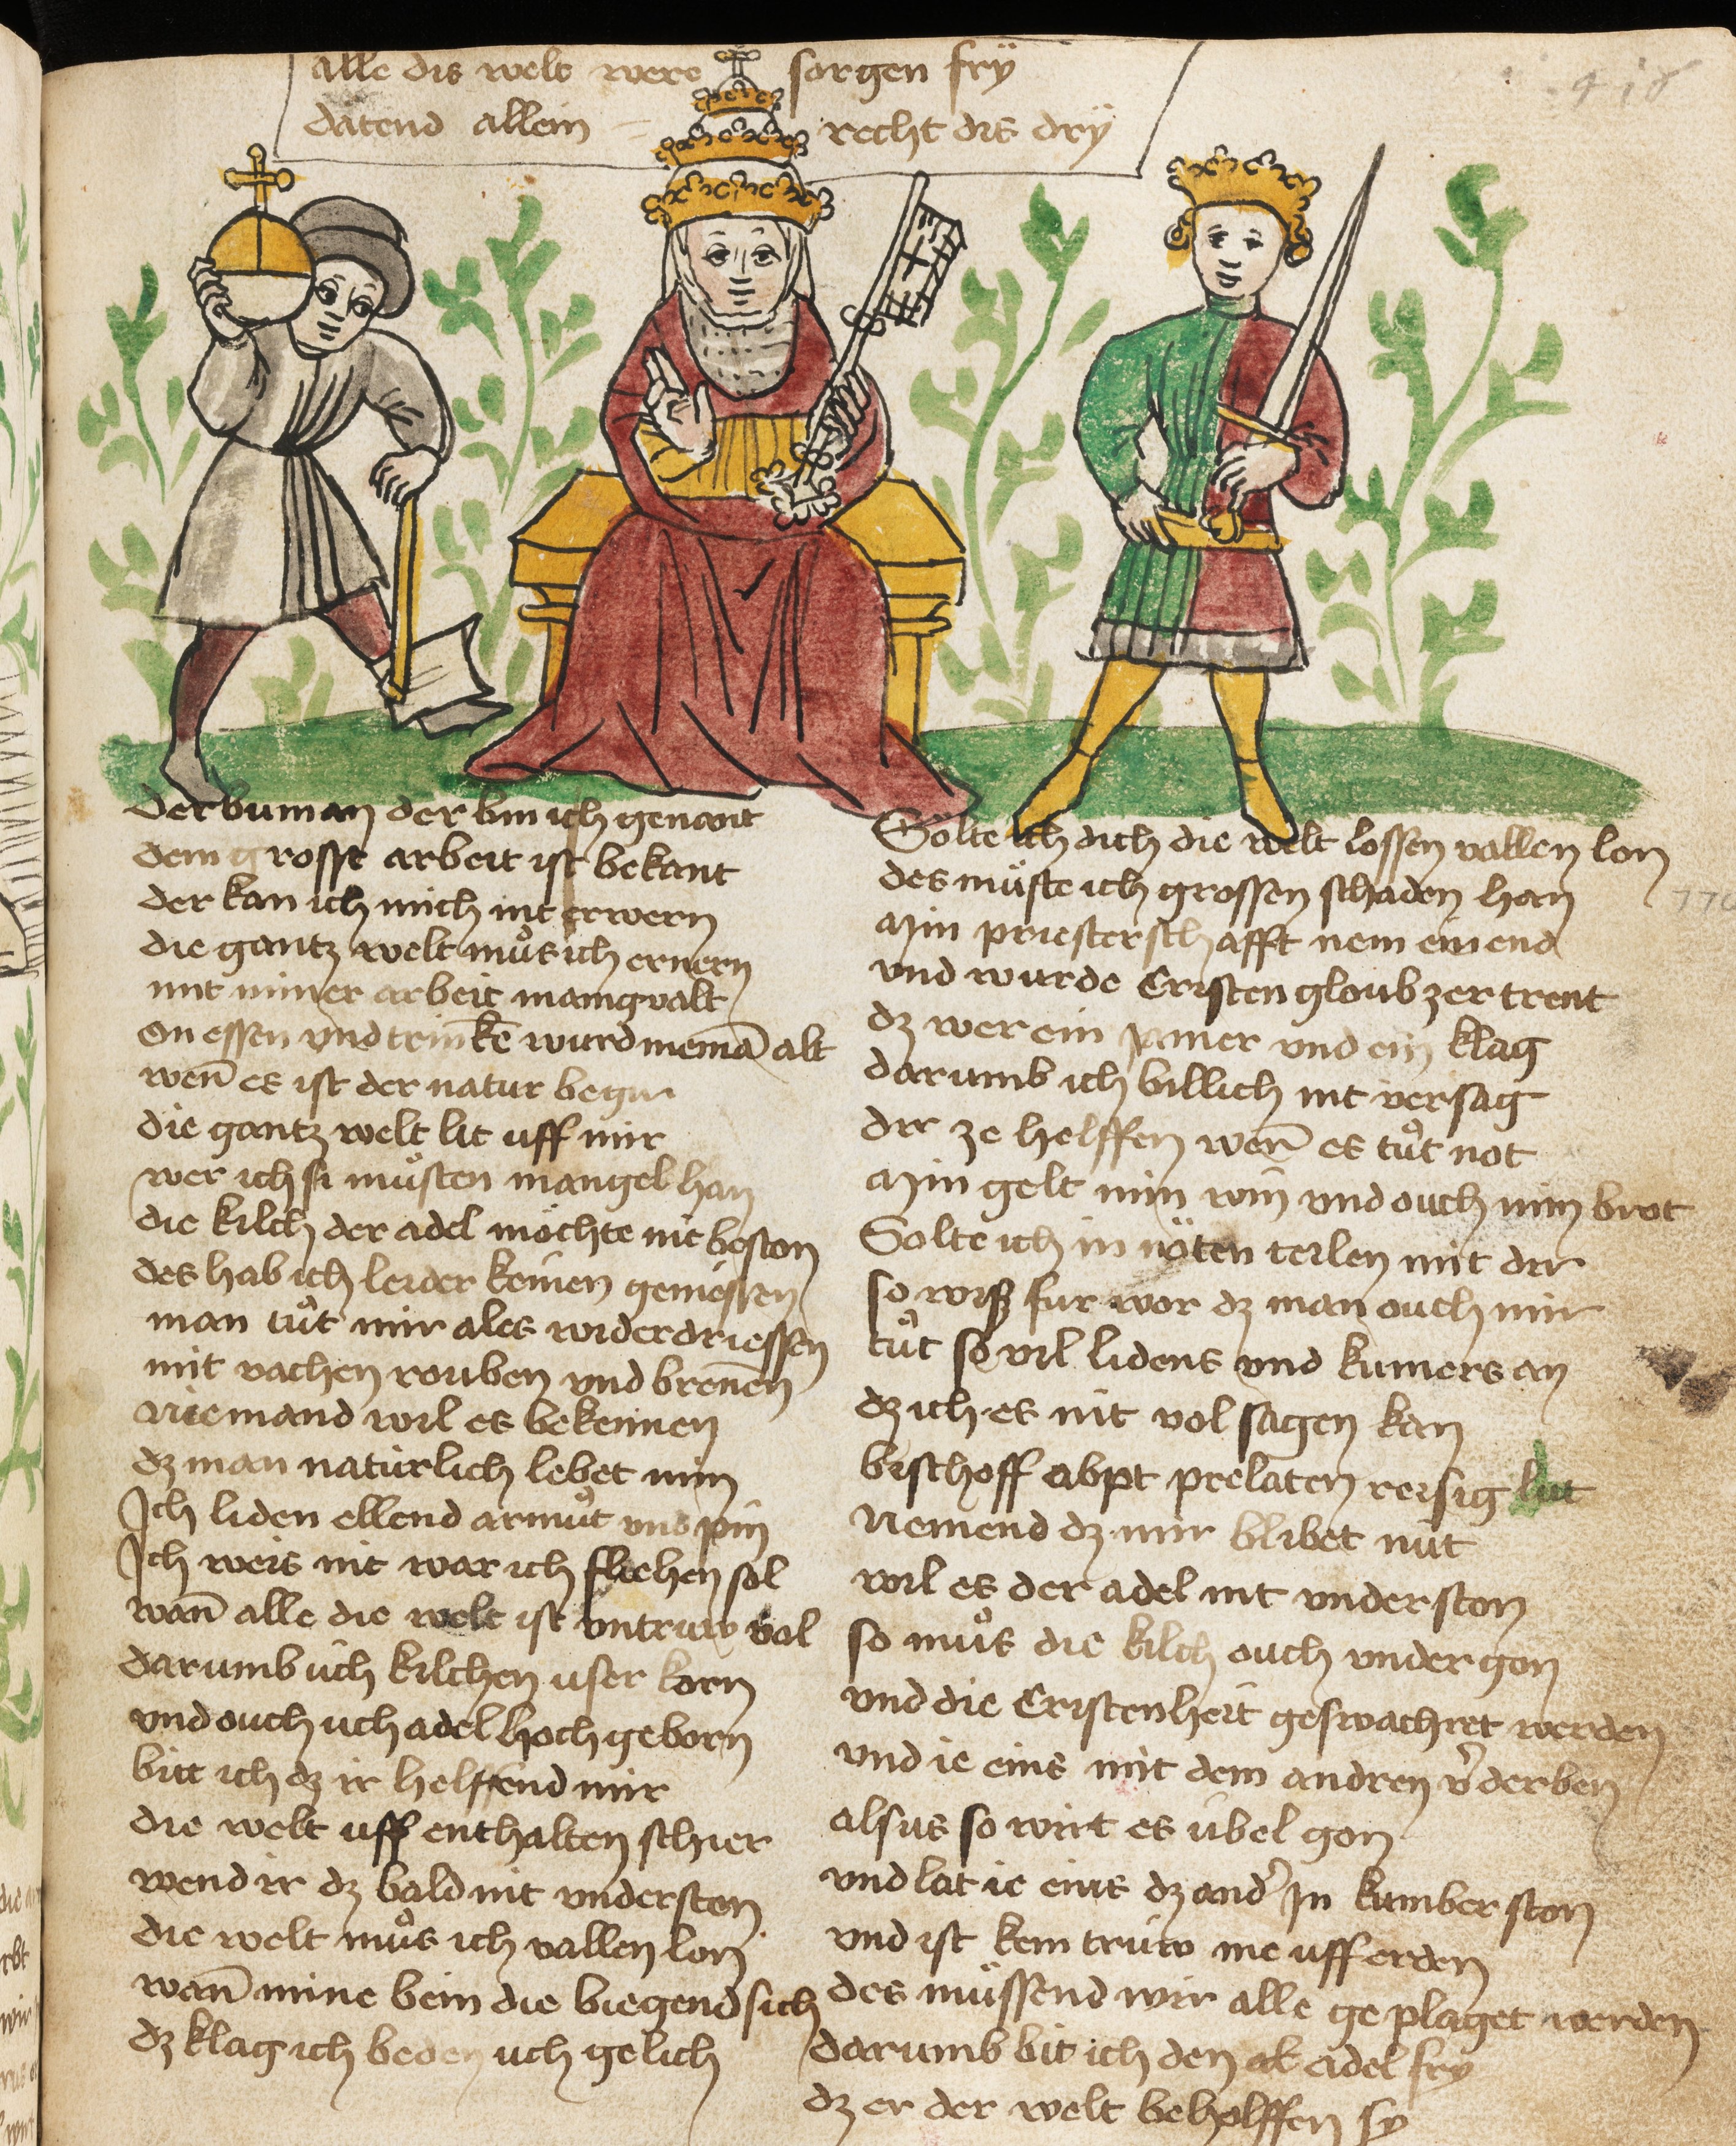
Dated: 1467–1467